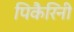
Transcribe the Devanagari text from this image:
पिकैरिनी